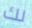
لك